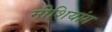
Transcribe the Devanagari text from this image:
मीशियांग